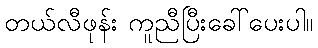
တယ်လီဖုန်း ကူညီပြီးခေါ်ပေးပါ။